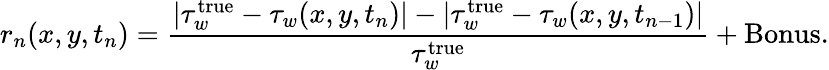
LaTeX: r_{n}(x,y,t_{n})=\frac{|\tau_{w}^{\textrm{true}}-\tau_{w}(x,y,t_{n})|-|\tau_{w}^{\textrm{true}}-\tau_{w}(x,y,t_{n-1})|}{\tau_{w}^{\textrm{true}}}+\textrm{Bonus}.